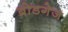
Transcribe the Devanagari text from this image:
ब्रोडगेज